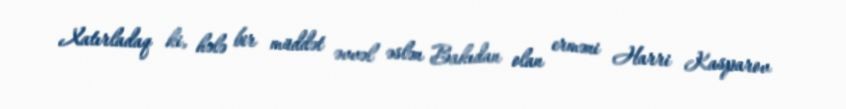
Xatırladaq ki, hələ bir müddət əvvəl əslən Bakıdan olan erməni Harri Kasparov